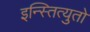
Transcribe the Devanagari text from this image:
इन्स्तित्युतो